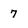
Character: 7